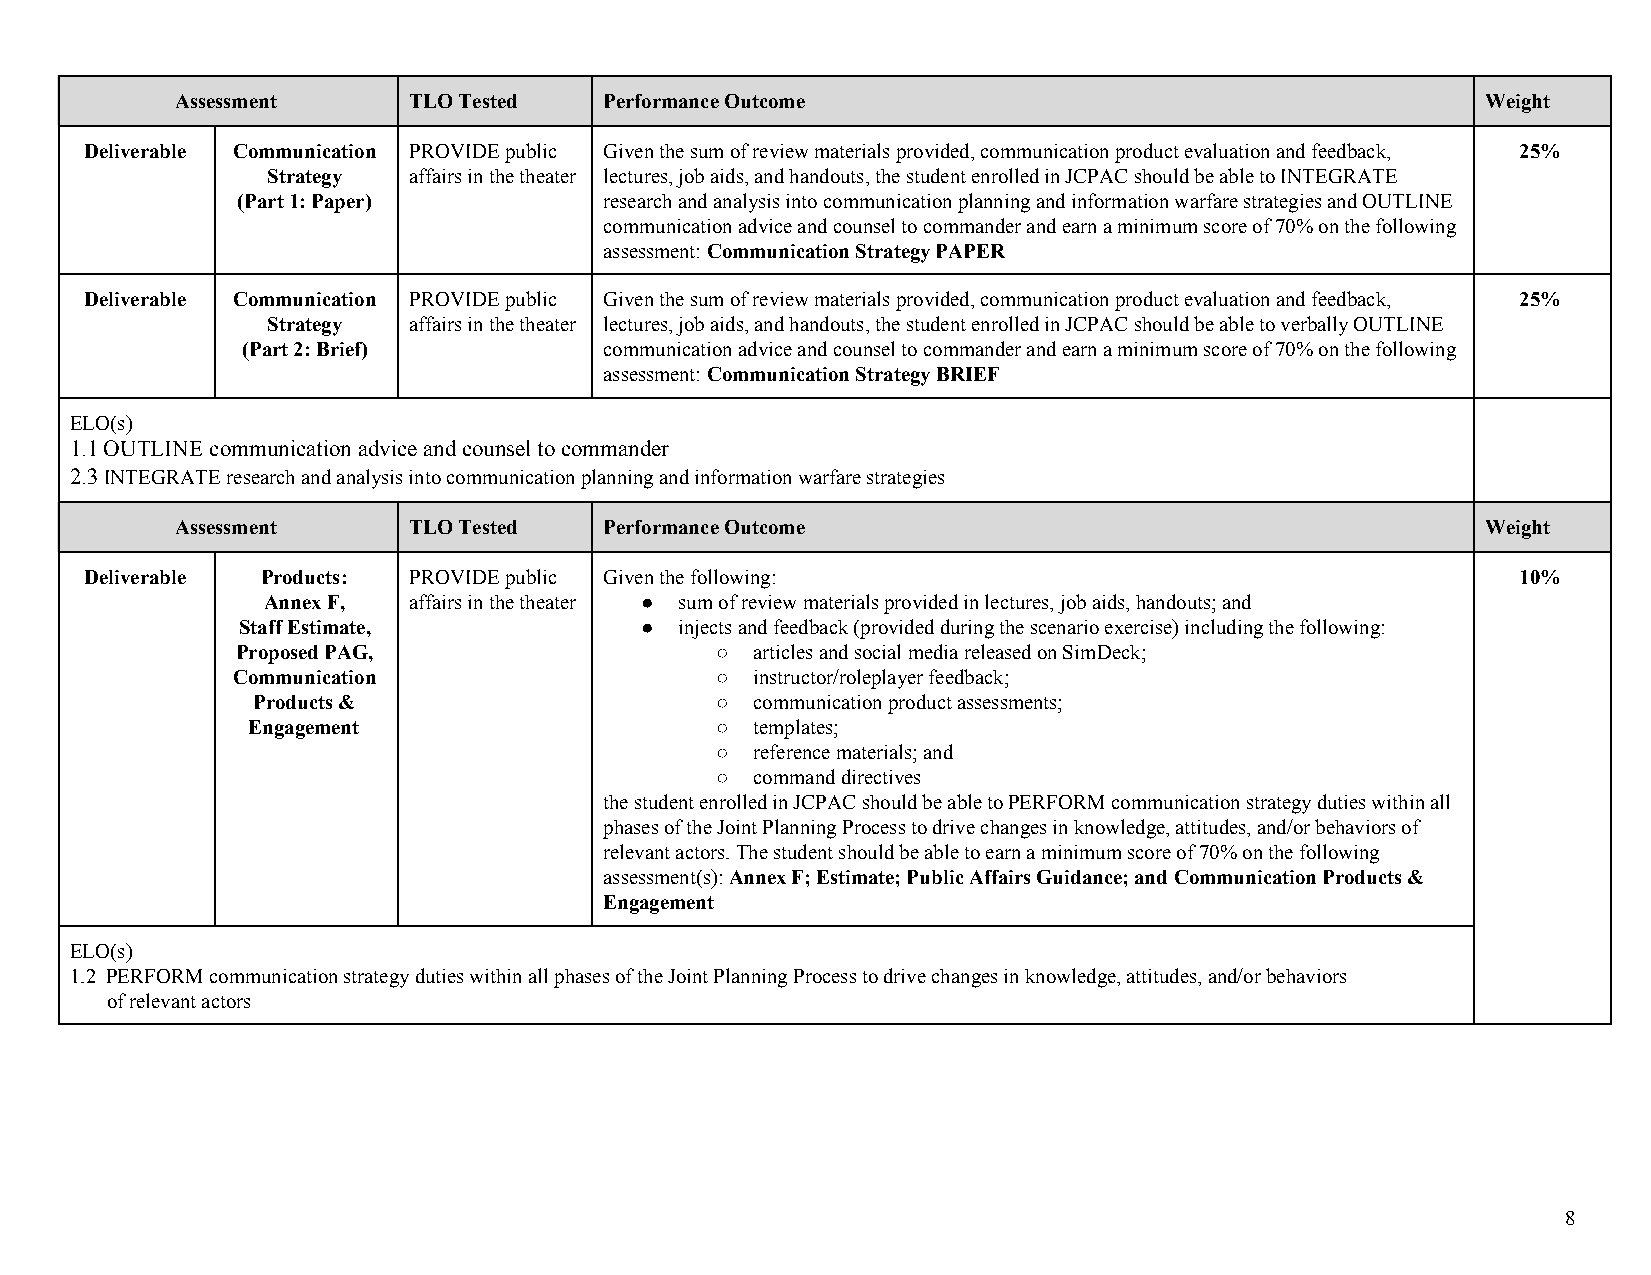
Assessment     TLO Tested   Performance Outcome                                       Weight
 Deliverable Communication PROVIDE public Given the sum of review materials provided, communication product evaluation and feedback, 25%
 Strategy affairs in the theater lectures, job aids, and handouts, the student enrolled in JCPAC should be able to INTEGRATE
 (Part 1: Paper)         research and analysis into communication planning and information warfare strategies and OUTLINE
 communication advice and counsel to commander and earn a minimum score of 70% on the following
 assessment: Communication Strategy PAPER
 ​
 Deliverable Communication PROVIDE public Given the sum of review materials provided, communication product evaluation and feedback, 25%
 Strategy affairs in the theater lectures, job aids, and handouts, the student enrolled in JCPAC should be able to verbally OUTLINE
 (Part 2: Brief)         communication advice and counsel to commander and earn a minimum score of 70% on the following
 assessment: Communication Strategy BRIEF
 ​
 ELO(s)
 1.1 OUTLINE communication advice and counsel to commander
 2.3 INTEGRATE research and analysis into communication planning and information warfare strategies
 ​
 Assessment     TLO Tested   Performance Outcome                                       Weight
 Deliverable Products: PROVIDE public Given the following:                                      10%
 Annex F,  affairs in the theater ● sum of review materials provided in lectures, job aids, handouts; and
 Staff Estimate,           ●  injects and feedback (provided during the scenario exercise) including the following:
 Proposed PAG,                  ○  articles and social media released on SimDeck;
 Communication                   ○  instructor/roleplayer feedback;
 Products &                    ○  communication product assessments;
 Engagement                     ○  templates;
 ○  reference materials; and
 ○  command directives
 the student enrolled in JCPAC should be able to PERFORM communication strategy duties within all
 phases of the Joint Planning Process to drive changes in knowledge, attitudes, and/or behaviors of
 relevant actors. The student should be able to earn a minimum score of 70% on the following
 ​                                ​
 assessment(s): Annex F; Estimate; Public Affairs Guidance; and Communication Products &
 ​ ​
 Engagement
 ELO(s)
 1.2 PERFORM communication strategy duties within all phases of the Joint Planning Process to drive changes in knowledge, attitudes, and/or behaviors
 ​
 of relevant actors
 8